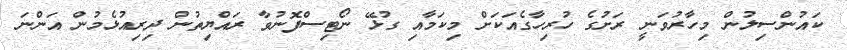
ކައުންސިލުން މިހާރުވަނީ ރަށުގެ ހުރިހާގެއަކަށް މިކަމާއި ގުޅޭ ނޯޓިސްފޮނުވާ ރައްޔިތުން ދިރިއުޅެމުން އަންނަ